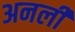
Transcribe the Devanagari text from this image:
अनली